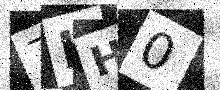
Text: 7HH0